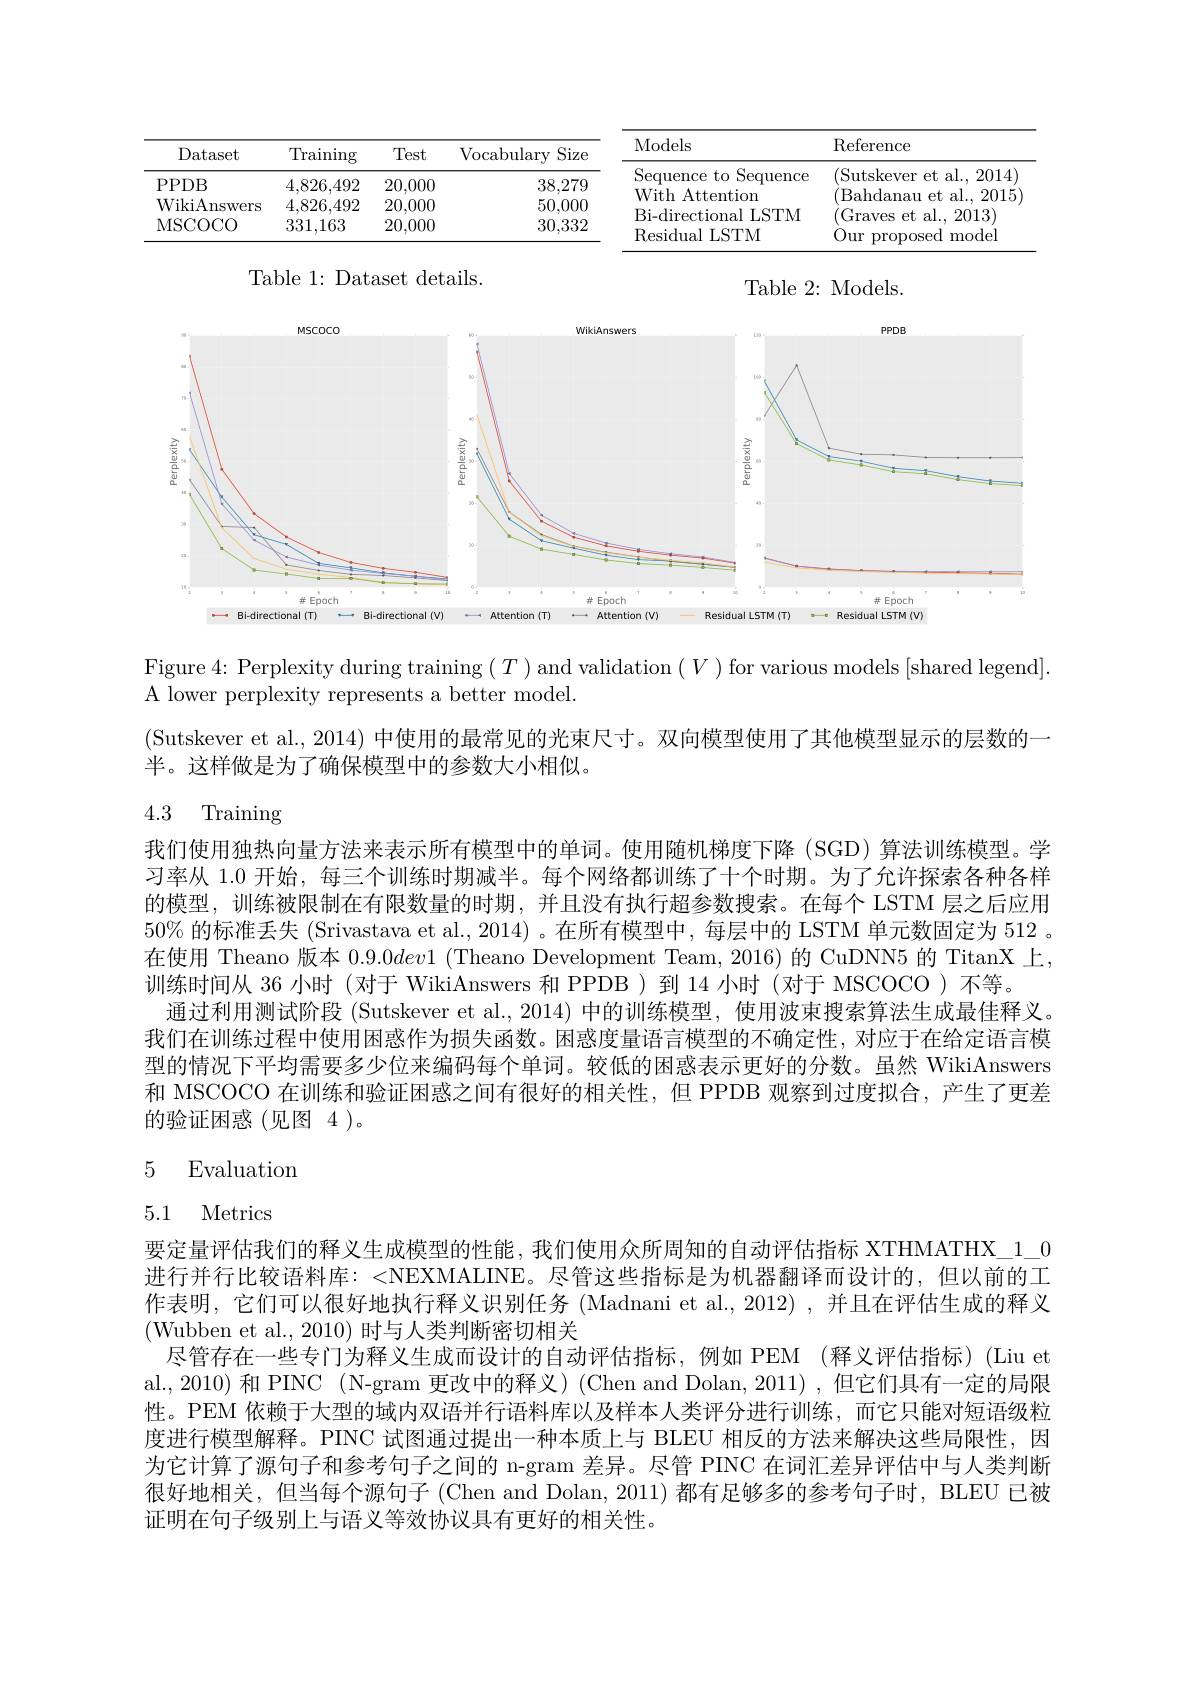
<table>
	<tbody>
		<tr>
			<th>Dataset</th>
			<th>$\operatorname{Training}$</th>
			<th>Test</th>
			<th>Vocabularv Size</th>
			<th>Models</th>
			<th>$\operatorname{Reference}$</th>
		</tr>
		<tr>
			<td>PPDB</td>
			<td>4,826,492</td>
			<td>20,000</td>
			<td>38,279</td>
			<td>Sequence to $\operatorname{Sequence}$</td>
			<td>( Sutskever et al. , 2014</td>
		</tr>
		<tr>
			<td>WikiAnswers</td>
			<td>4,826,492</td>
			<td>20,000</td>
			<td>50,000</td>
			<td>$LEIIUO\Pi$ 1m T</td>
			<td> </td>
		</tr>
		<tr>
			<td>MSCOCO</td>
			<td>331,163</td>
			<td>20,000</td>
			<td>30,332</td>
			<td>LUUULCI $UM$ IVI Residual ISTM</td>
			<td>$u_{1}$ duY 小 $UU$ $\ddot{d}$l. 010/ Our proposed model 1</td>
		</tr>
	</tbody>
</table>

Table 1: Dataset details.

Table 2: Models
<FigureHere>

Figure 4: Perplexity during training $(T)$ and validation $(V)$ for various models [shared legend].
A lower perplexity represents a better model.

(Sutskever et al., 2014) 中使用的最常见的光束尺寸。双向模型使用了其他模型显示的层数的一
半。这样做是为了确保模型中的参数大小相似。

# 4.3 Training

我们使用独热向量方法来表示所有模型中的单词。使用随机梯度下降 (SGD) 算法训练模型。学习率从 1.0 开始，每三个训练时期减半。每个网络都训练了十个时期。为了允许探索各种各样的模型，训练被限制在有限数量的时期，并且没有执行超参数搜索。在每个 LSTM 层之后应用50% 的标准丢失 (Srivastava et al., 2014) 。在所有模型中，每层中的 LSTM 单元数固定为 512 。在使用 Theano 版本$0.9.0dev1$ (Theano Development Team, 2016) 的 CuDNN5 的 TitanX 上， 训练时间从 36 小时 (对于 WikiAnswers 和 PPDB ) 到 14 小时 (对于 MSCOCO ) 不等。
通过利用测试阶段 (Sutskever et al., 2014) 中的训练模型，使用波束搜索算法生成最佳释义。我们在训练过程中使用困惑作为损失函数。困惑度量语言模型的不确定性，对应于在给定语言模型的情况下平均需要多少位来编码每个单词。较低的困惑表示更好的分数。虽然 WikiAnswers 和 MSCOCO 在训练和验证困惑之间有很好的相关性，但 PPDB 观察到过度拟合，产生了更差的验证困惑(见图4)。

## 5 Evaluation

5.1 Metrics

要定量评估我们的释义生成模型的性能，我们使用众所周知的自动评估指标 XTHMATHX\_1\_0进行并行比较语料库：<NEXMALINE。尽管这些指标是为机器翻译而设计的，但以前的工作表明，它们可以很好地执行释义识别任务 (Madnani et al.,2012) ,并且在评估生成的释义(Wubben et al., 2010) 时与人类判断密切相关
尽管存在一些专门为释义生成而设计的自动评估指标，例如 PEM (释义评估指标) (Liu et al., 2010) 和 PINC (N-gram 更改中的释义) (Chen and Dolan, 2011) ,但它们具有一定的局限性。PEM 依赖于大型的域内双语并行语料库以及样本人类评分进行训练，而它只能对短语级粒度进行模型解释。PINC 试图通过提出一种本质上与 BLEU 相反的方法来解决这些局限性，因为它计算了源句子和参考句子之间的 n-gram 差异。尽管 PINC 在词汇差异评估中与人类判断很好地相关，但当每个源句子(Chen and Dolan, 2011)都有足够多的参考句子时，BLEU 已被证明在句子级别上与语义等效协议具有更好的相关性。